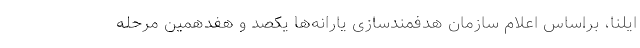
ایلنا، براساس اعلام سازمان هدفمندسازی یارانه‌ها یکصد و هفدهمین مرحله